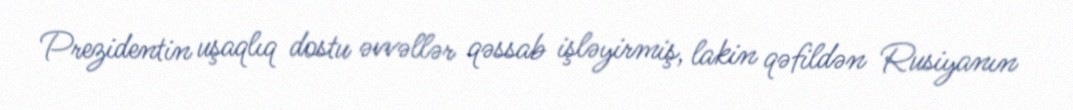
Prezidentin uşaqlıq dostu əvvəllər qəssab işləyirmiş, lakin qəfildən Rusiyanın